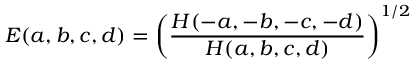
E ( a , b , c , d ) = \left( \frac { H ( - a , - b , - c , - d ) } { H ( a , b , c , d ) } \right) ^ { 1 / 2 }